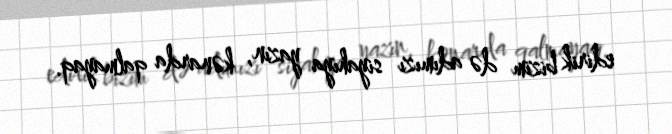
edirik bizim də adımızı siyahıya yazın, kənarda qalmayaq.